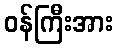
ဝန်ကြီးအား